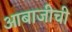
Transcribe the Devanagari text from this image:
आबाजीची